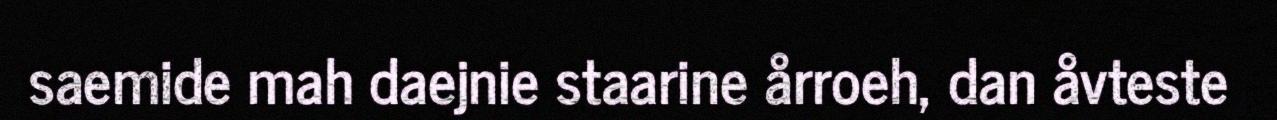
saemide mah daejnie staarine årroeh, dan åvteste